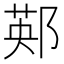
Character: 䣐